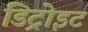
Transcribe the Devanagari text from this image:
डिट्रोइट